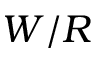
W / R